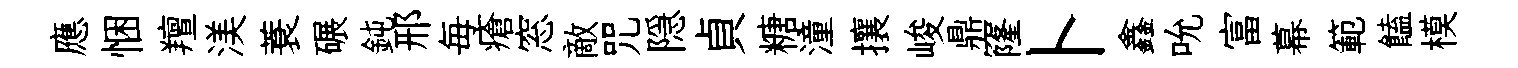
應悃羶渼蓑碾鈍邢毎瘡窓敵咒隠貞糖潼攘峻鼎窿卜鑫吮富幕範饁模